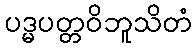
ပဒ္မပတ္တဝိဘူသိတံ